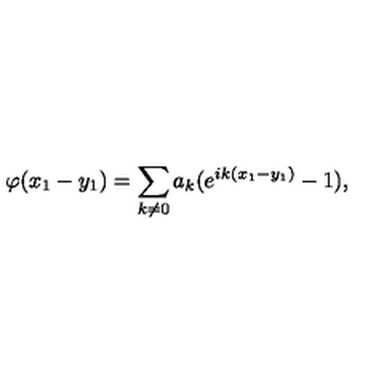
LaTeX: \varphi ( x _ { 1 } - y _ { 1 } ) = \sum _ { k \neq 0 } a _ { k } ( e ^ { i k ( x _ { 1 } - y _ { 1 } ) } - 1 ) ,